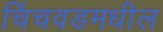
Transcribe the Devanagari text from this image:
चिंचवडमधील